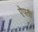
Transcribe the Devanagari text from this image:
ऐपती